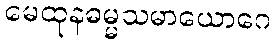
မေထုနဓမ္မသမာယောဂေ